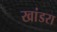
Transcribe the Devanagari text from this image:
खांडरा